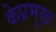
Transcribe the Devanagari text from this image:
केप्रमुख